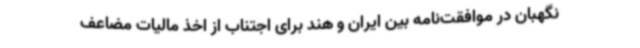
نگهبان در موافقت‌نامه بین ایران و هند برای اجتناب از اخذ مالیات مضاعف